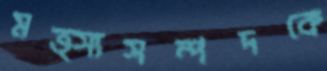
মত্স্যসম্পদকে